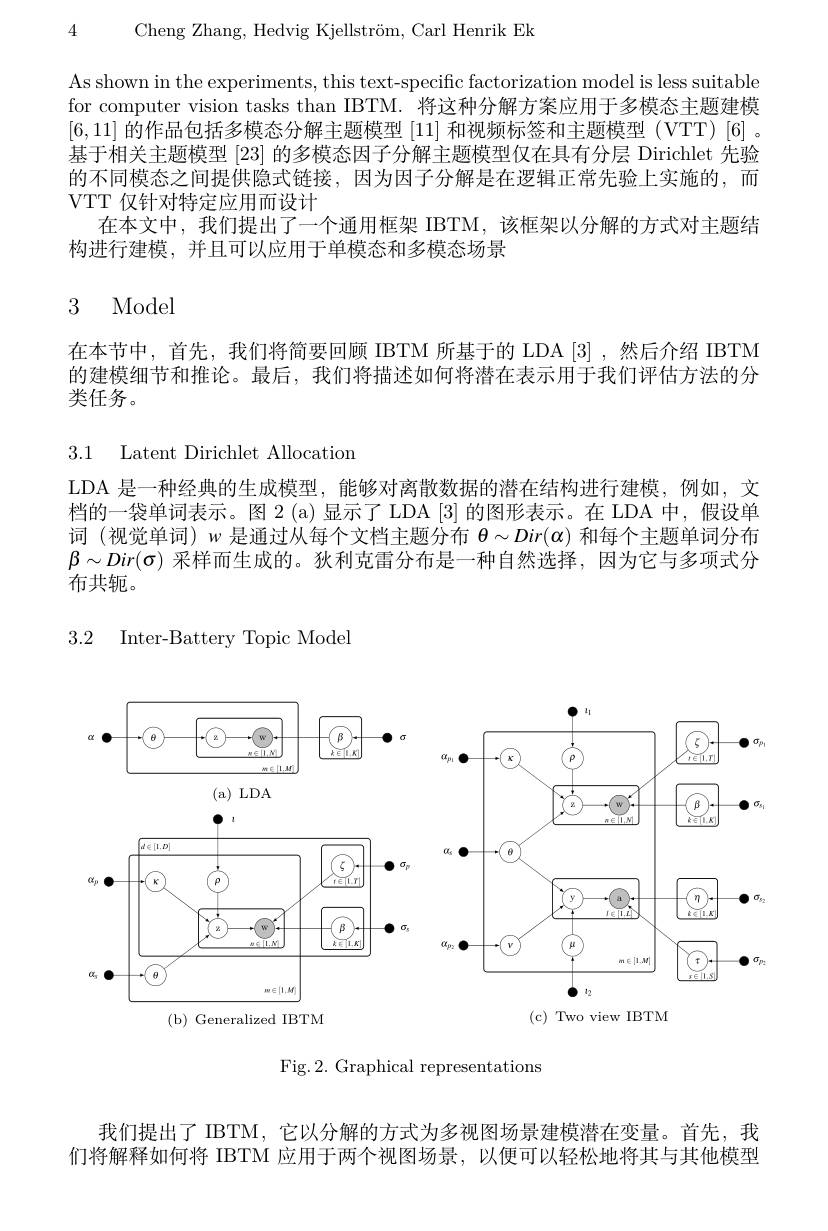
4 Cheng Zhang, Hedvig Kjellström, Carl Henrik Ek

As shown in the experiments, this text-specific factorization model is less suitable for computer vision tasks than IBTM. 将这种分解方案应用于多模态主题建模[6,11]的作品包括多模态分解主题模型[11]和视频标签和主题模型 (VTT)[6]。基于相关主题模型[23]的多模态因子分解主题模型仅在具有分层 Dirichlet 先验的不同模态之间提供隐式链接，因为因子分解是在逻辑正常先验上实施的，而VTT 仅针对特定应用而设计
在本文中，我们提出了一个通用框架 IBTM,该框架以分解的方式对主题结
构进行建模，并且可以应用于单模态和多模态场景

# 3 Model

在本节中，首先，我们将简要回顾 IBTM 所基于的 LDA [3] ,然后介绍 IBTM 的建模细节和推论。最后，我们将描述如何将潜在表示用于我们评估方法的分类任务。

3.1 Latent Dirichlet Allocation

LDA 是一种经典的生成模型，能够对离散数据的潜在结构进行建模，例如，文档的一袋单词表示。图 2 (a)显示了 LDA [3] 的图形表示。在 LDA 中，假设单词 (视觉单词) $w$是通过从每个文档主题分布$\theta\sim Dir(\alpha)$和每个主题单词分布$\beta\sim Dir(\sigma)$采样而生成的。狄利克雷分布是一种自然选择，因为它与多项式分布共轭。

3.2 Inter-Battery Topic Model

<FigureHere>

Fig.2. Graphical representations

我们提出了 IBTM, 它以分解的方式为多视图场景建模潜在变量。首先，我们将解释如何将 IBTM 应用于两个视图场景，以便可以轻松地将其与其他模型